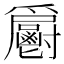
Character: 𩰨